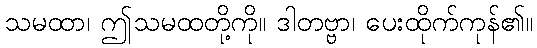
သမထာ၊ ဤသမထတို့ကို။ ဒါတဗ္ဗာ၊ ပေးထိုက်ကုန်၏။